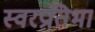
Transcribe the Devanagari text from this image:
स्वरप्रतिभा